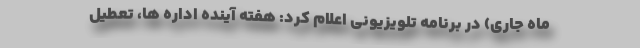
ماه جاری) در برنامه تلویزیونی اعلام کرد: هفته آینده اداره ها، تعطیل